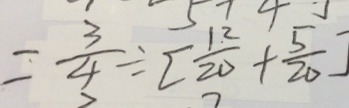
= \frac { 3 } { 4 } \div [ \frac { 1 2 } { 2 0 } + \frac { 5 } { 2 0 } ]